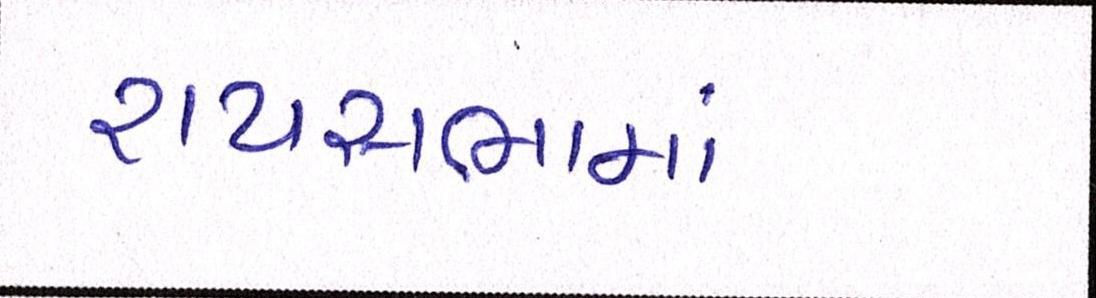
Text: રાયસભામાં